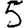
Digit: 5